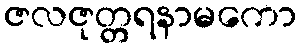
ဇလဇုတ္တရနာမကော